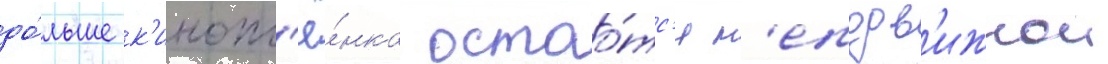
до́льше к'инопл'ё́нка остао́тс'я н'еподв'ижнои